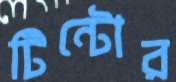
টিন্টোর